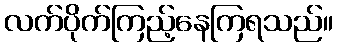
လက်ပိုက်ကြည့်နေကြရသည်။